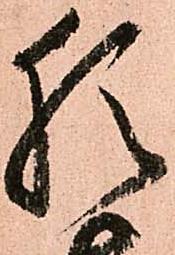
猶